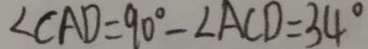
\angle C A D = 9 0 ^ { \circ } - \angle A C D = 3 4 ^ { \circ }